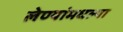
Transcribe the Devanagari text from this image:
लेण्यांमधल्या